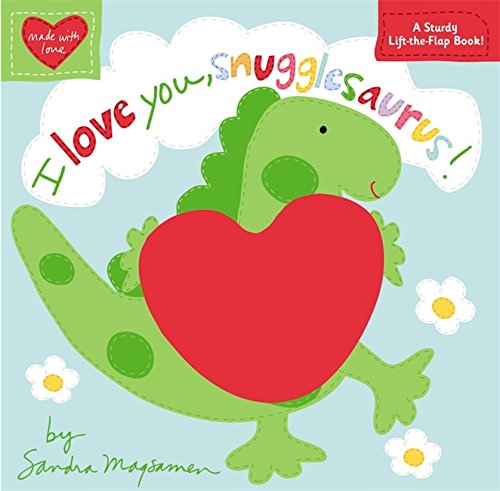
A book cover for I Love You, Snugglesaurus! (Made with Love); Sandra Magsamen; Children's Books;